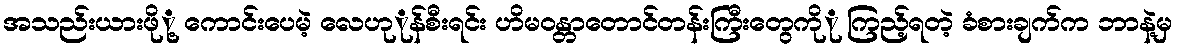
အသည်းယားဖိုု့ ကောင်းပေမဲ့ လေဟုုန်စီးရင်း ဟိမဝန္တာတောင်တန်းကြီးတွေကိုု ကြည့်ရတဲ့ ခံစားချက်က ဘာနဲ့မှ